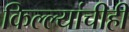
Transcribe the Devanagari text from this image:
किल्ल्यांचीही